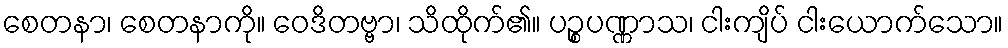
စေတနာ၊ စေတနာကို။ ဝေဒိတဗ္ဗာ၊ သိထိုက်၏။ ပဉ္စပဏ္ဏာသ၊ ငါးကျိပ် ငါးယောက်သော။